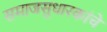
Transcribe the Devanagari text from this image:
समाजसुधारकांचे